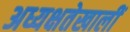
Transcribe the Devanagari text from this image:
अध्यक्षतेखालीं